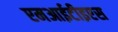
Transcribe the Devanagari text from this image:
एमआईटीइएस